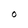
Character: O